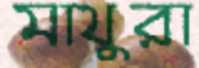
মাথুরা